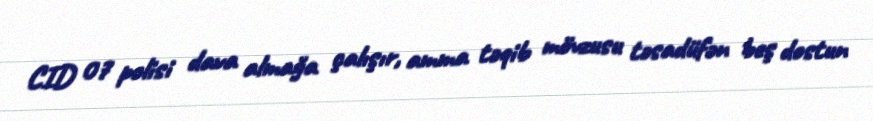
CID 07 polisi dava almağa çalışır, amma təqib mövzusu təsadüfən beş dostun